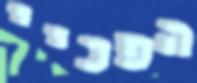
הפכיי